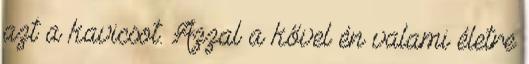
azt a kavicsot. Azzal a kővel én valami életre